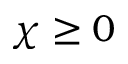
\chi \geq 0